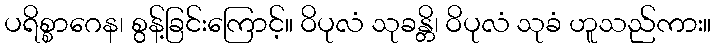
ပရိစ္စာဂေန၊ စွန့်ခြင်းကြောင့်။ ဝိပုလံ သုခန္တိ၊ ဝိပုလံ သုခံ ဟူသည်ကား။